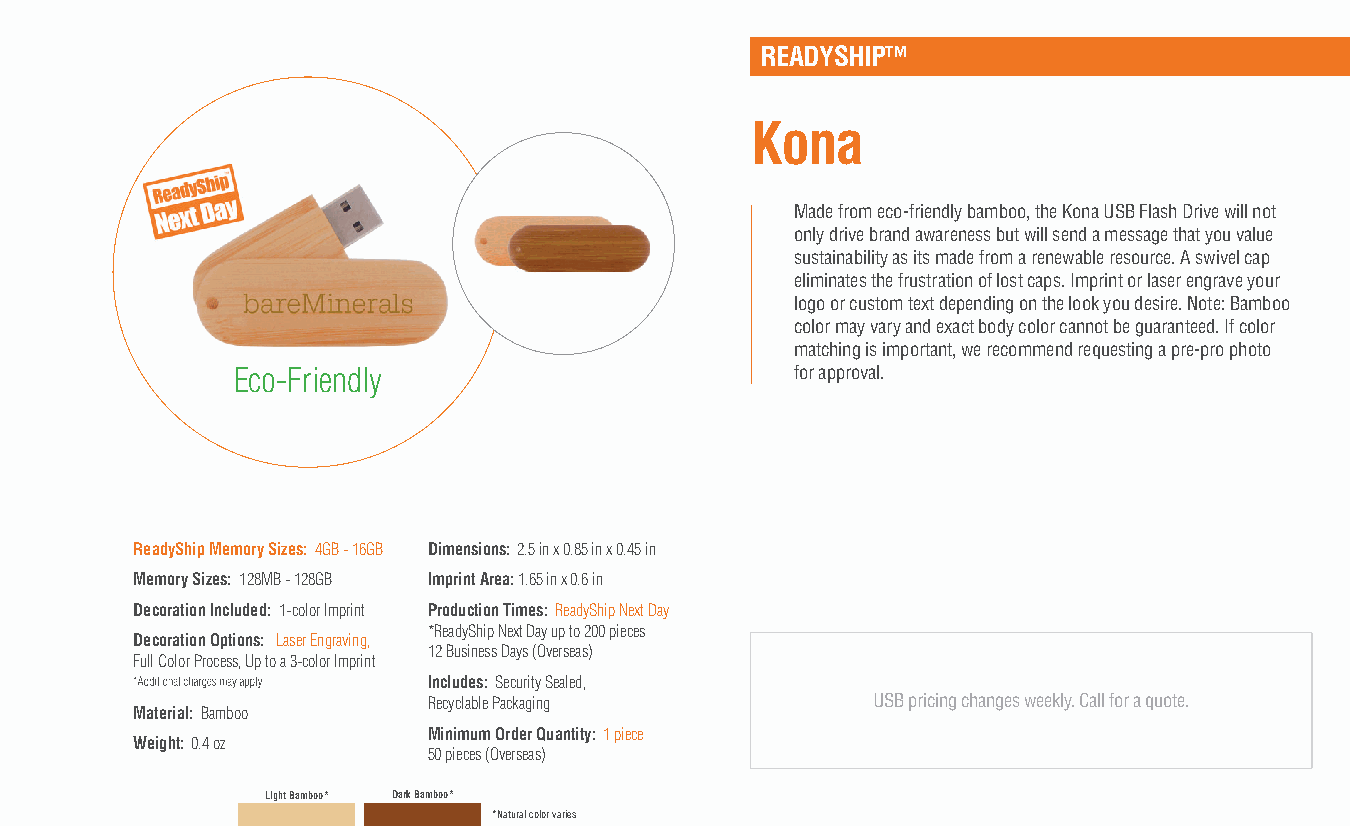
READYSHIP™
 Kona
 Made from eco-friendly bamboo, the Kona USB Flash Drive will not
 only drive brand awareness but will send a message that you value
 sustainability as its made from a renewable resource. A swivel cap
 eliminates the frustration of lost caps. Imprint or laser engrave your
 logo or custom text depending on the look you desire. Note: Bamboo
 color may vary and exact body color cannot be guaranteed. If color
 matching is important, we recommend requesting a pre-pro photo
 Eco-Friendly                          for approval.
 ReadyShip Memory Sizes: 4GB - 16GB Dimensions: 2.5 in x 0.85 in x 0.45 in
 Memory Sizes: 128MB - 128GB Imprint Area: 1.65 in x 0.6 in
 Decoration Included: 1-color Imprint Production Times: ReadyShip Next Day
 *ReadyShip Next Day up to 200 pieces
 Decoration Options: Laser Engraving,
 12 Business Days (Overseas)
 Full Color Process, Up to a 3-color Imprint
 Includes: Security Sealed,
 Recyclable Packaging          USB pricing changes weekly. Call for a quote.
 Material: Bamboo
 Minimum Order Quantity: 1 piece
 Weight: 0.4 oz
 50 pieces (Overseas)
 Light Bamboo* Dark Bamboo*
 *Natural color varies